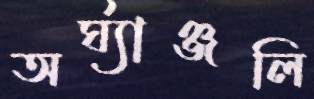
অর্ঘ্যাঞ্জলি